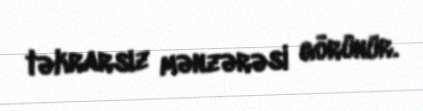
təkrarsız mənzərəsi görünür.